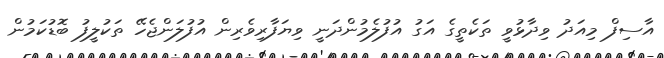
އާސިފް މިއަދު ވިދާޅުވީ ތަކެތީގެ އަގު އުފުލެމުންދަނީ ވިޔަފާރިވެރިން އުފުލަންޖެހޭ ތަކުލީފު ބޮޑުކަމުން